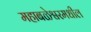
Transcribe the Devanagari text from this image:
महाबळेश्वरमधील